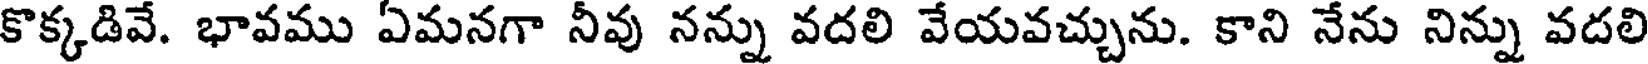
కొక్కడివే. భావము ఏమనగా నీవు నన్ను వదలి వేయవచ్చును. కాని నేను నిన్ను వదలి